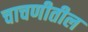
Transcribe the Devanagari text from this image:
चाचणीतील